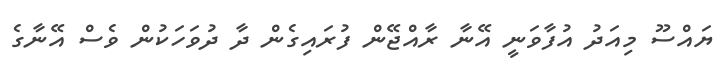
ޔައްސޫ މިއަދު އުފާވަނީ އޭނާ ރާއްޖޭން ފުރައިގެން ދާ ދުވަހަކުން ވެސް އޭނާގެ